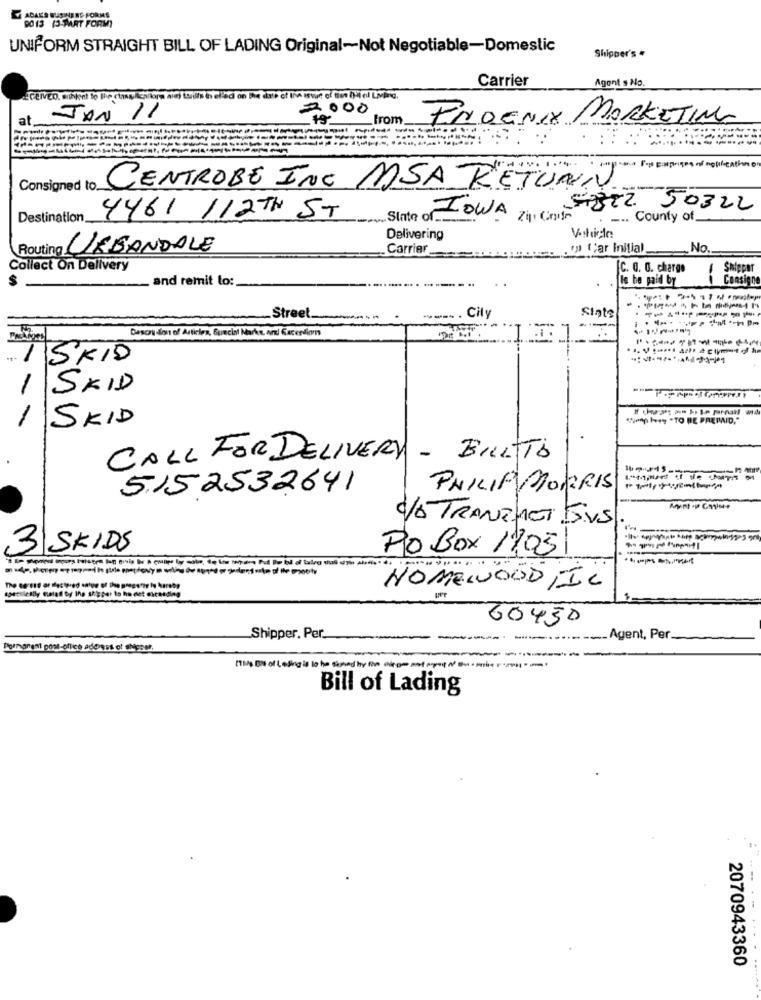
CADAKS BUSINESS FORMS
DO 13 (3-PART FORM)
UNIFORM STRAIGHT BILL OF LADING Original-Not Negotiable-Domestic
Shipper's *
Carrier
Agent s No.
2000
-JAN 11
From
PHOENIX MARKETING
Consigned to
CENTROBE INC MASA RETURN
Sinte of LOWA Zin Co) : 57822 50322
Destination
4461 112TH ST
... County of.
Delivering
Routing LLEGANDALE
Carrier.
Cena .( Car Initial
No.
Collect On Delivery
[C. O. O. charge
1
Skipper
$
and remit to:
Is be paid by
Consigne
Sinte
_Street.
City
Descri dlou of Articles, Suecial Marke, or Cacerdions
15KID
SKID
1
"yonp hry "TO BE PREPAID."
SKID
CALL FOR DELIVERY - BILLTO
5152532641
PHILIP MORRIS
% TRANCHEi JUS
3 SKIDS
Po Box 1:05
specsleally fiatal by Ing skypar to ho not exceeding
HOMEWOOD,IL
60430
Shipper. Per.
Agent, Per.
Porngnent pont-elles address of theser.
Bill of Lading
2070943360